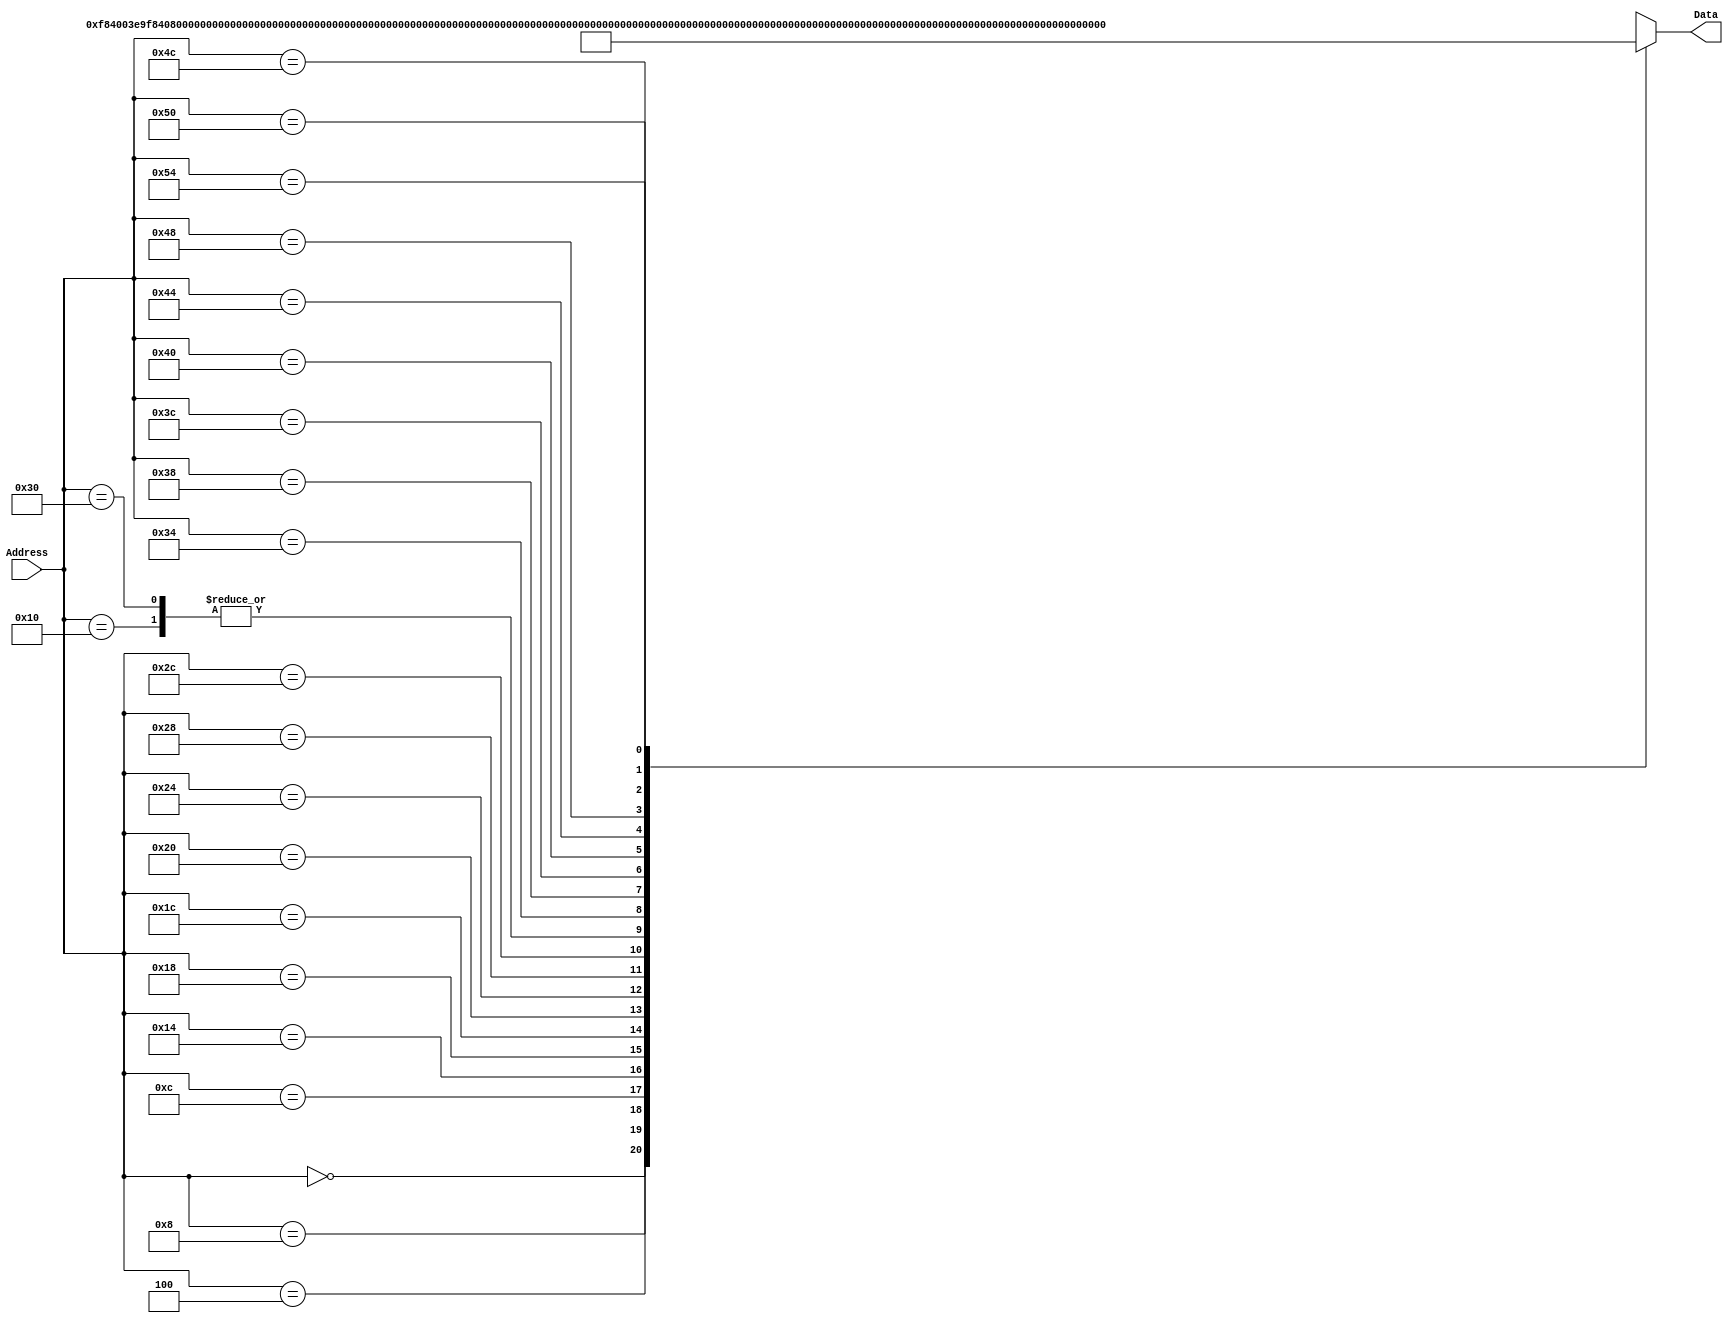
`timescale 1ns / 1ps
/*
 * Module: InstructionMemory
 *
 * Implements read-only instruction memory
 * 
 */
module InstructionMemory(Data, Address);
   parameter T_rd = 20;
   parameter MemSize = 40;
   
   output [31:0] Data;
   input [63:0]  Address;
   reg [31:0] 	 Data;
   
   /*
    * ECEN 350 Processor Test Functions
    * Texas A&M University
    */
   
   always @ (Address) begin

      case(Address)

	/* Test Program 1:
	 * Program loads constants from the data memory. Uses these constants to test
	 * the following instructions: LDUR, ORR, AND, CBZ, ADD, SUB, STUR and B.
	 * 
	 * Assembly code for test:
	 * 
	 * 0: LDUR X9, [XZR, 0x0]    //Load 1 into x9
	 * 4: LDUR X10, [XZR, 0x8]   //Load a into x10
	 * 8: LDUR X11, [XZR, 0x10]  //Load 5 into x11
	 * C: LDUR X12, [XZR, 0x18]  //Load big constant into x12
	 * 10: LDUR X13, [XZR, 0x20]  //load a 0 into X13
	 * 
	 * 14: ORR X10, X10, X11  //Create mask of 0xf
	 * 18: AND X12, X12, X10  //Mask off low order bits of big constant
	 * 
	 * loop:
	 * 1C: CBZ X12, end  //while X12 is not 0
	 * 20: ADD X13, X13, X9  //Increment counter in X13
	 * 24: SUB X12, X12, X9  //Decrement remainder of big constant in X12
	 * 28: B loop  //Repeat till X12 is 0
	 * 2C: STUR X13, [XZR, 0x20]  //store back the counter value into the memory location 0x20
	 */
	

	63'h000: Data = 32'hF84003E9;
	63'h004: Data = 32'hF84083EA;
	63'h008: Data = 32'hF84103EB;
	63'h00c: Data = 32'hF84183EC;
	63'h010: Data = 32'hF84203ED;
	63'h014: Data = 32'hAA0B014A;
	63'h018: Data = 32'h8A0A018C;
	63'h01c: Data = 32'hB400008C;
	63'h020: Data = 32'h8B0901AD;
	63'h024: Data = 32'hCB09018C;
	63'h028: Data = 32'h17FFFFFD;
	63'h02c: Data = 32'hF80203ED;
	63'h030: Data = 32'hF84203ED;  //One last load to place stored value on memdbus for test checking.

	/* Add code for your tests here */



	/* Test Program 2 (student made):
	 * 1. Use the MOVZ instruction, and any other instructions needed, to construct the following constant 0x123456789abcdef0 in register X9.
	 * 2. Store this immediate value to memory at memory address 0x28
	 * 3. Load this value back to register X10 
	 * 
	 * Assembly code for test:
	 * 
     * 0: MOVZ X1, 0x1234, LSL 48
     * 4: MOVZ X2, 0x5678, LSL 32
     * 8: MOVZ X3, 0x9ABC, LSL 16
     * C: MOVZ X9, 0xDEF0, LSL 0
     * 10: ADD X9, X9, X3
     * 14: ADD X9, X9, X2
     * 18: ADD X9, X9, X1
     * 1C: STUR X9, [XZR, 0x28]
     * 20: LDUR X10, [XZR, 0x28]
	 */
	
	63'h034: Data = 32'b11010010111000100100011010000001;
	63'h038: Data = 32'b11010010110010101100111100000010;
	63'h03c: Data = 32'b11010010101100110101011110000011;
	63'h040: Data = 32'b11010010100110111101111000001001;
	63'h044: Data = 32'b00001011000000110000000100101001;
	63'h048: Data = 32'b00001011000000100000000100101001;
	63'h04c: Data = 32'b00001011000000010000000100101001;
	63'h050: Data = 32'b11111000000000101000001111101001;
	63'h054: Data = 32'b11111000010000101000001111101010;

	
	default: Data = 32'hXXXXXXXX;
      endcase
   end
endmodule